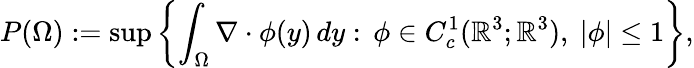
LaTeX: P(\Omega):=\operatorname*{sup}\left\{ \int_{\Omega}\nabla\cdot\phi(y)\, dy:\, \phi\in C_{c}^{1}(\mathbb R^{3};\mathbb R^{3}),\ |\phi|\leq 1\right\} ,